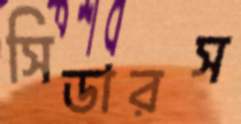
সিডারস